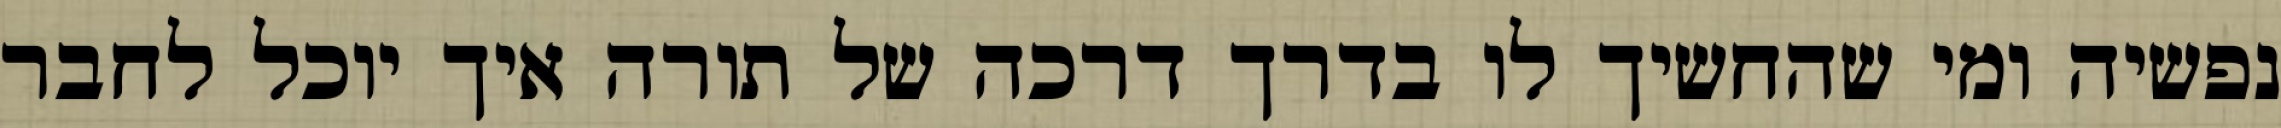
נפשיה ומי שהחשיך לו בדרך דרכה של תורה איך יוכל לחבר